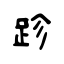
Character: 跈